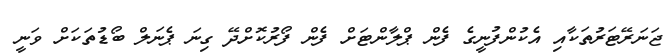
ޖަނަރޭޓަރުތަކާއި އެކުންފުނީގެ ފެން ޕްލާންޓަށް ފެން ފޯރުކޮށްދޭ ގިނަ ޕެނަލް ބޯޑުތަކަށް ވަނީ